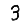
Digit: 3